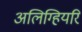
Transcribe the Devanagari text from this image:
अलिग्हियरि